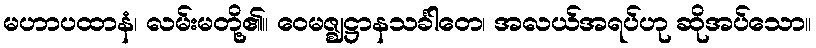
မဟာပထာနံ၊ လမ်းမတို့၏။ ဝေမဇ္ဈဋ္ဌာနသင်္ခါတေ၊ အလယ်အရပ်ဟု ဆိုအပ်သော။